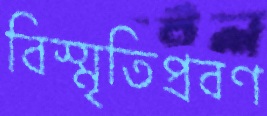
বিস্মৃতিপ্রবণ